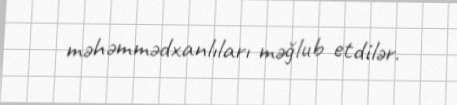
məhəmmədxanlıları məğlub etdilər.